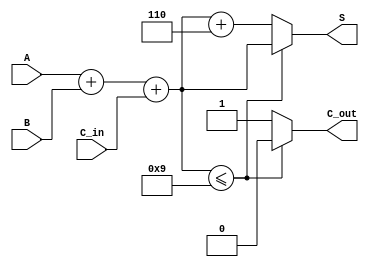
module BCD_Hybrid_Adder (
    input [3:0] A,       // First BCD digit input
    input [3:0] B,       // Second BCD digit input
    input C_in,          // Carry-in from previous addition
    output reg [3:0] S,  // Resulting BCD digit output
    output reg C_out     // Carry-out indicating if there's an overflow
);

    wire [4:0] binary_sum; // 5-bit to accommodate carry
    wire [4:0] adjusted_sum; // 5-bit for adjusted sum
    wire is_bcd_valid;      // Flag for valid BCD

    // Step 1: Binary addition of A, B, and carry-in
    assign binary_sum = A + B + C_in;

    // Step 2: Check if the binary sum exceeds 9
    assign is_bcd_valid = (binary_sum[3:0] <= 4'b1001);

    // Step 3: BCD Correction Logic
    always @(*) begin
        if (is_bcd_valid) begin
            S = binary_sum[3:0]; // Valid BCD, no correction needed
            C_out = 1'b0;        // No carry-out
        end else begin
            // Adjust by adding 6
            adjusted_sum = binary_sum + 5'b0110; // Add 6
            S = adjusted_sum[3:0]; // Resulting BCD
            C_out = 1'b1;          // Set carry-out
        end
    end

endmodule